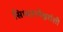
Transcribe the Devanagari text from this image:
सिध्दरामेश्वरांशी